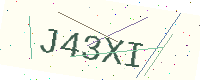
Text: J43XI